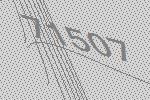
71507